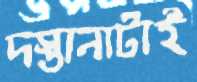
দস্তানাটাই